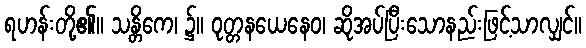
ရဟန်းတို့၏။ သန္တိကေ၊ ၌။ ဝုတ္တနယေနေဝ၊ ဆိုအပ်ပြီးသောနည်းဖြင့်သာလျှင်။